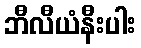
ဘီလီယံနီးပါး